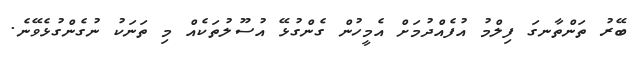
ބޭރު ތަންތާނގަ ފިލްމު އުފެއްދުމަށް އެމީހުން ގެންގުޅޭ އުސޫލުތަކެއް މި ތަނަކު ނުގެންގުޅެވޭނެ.